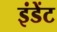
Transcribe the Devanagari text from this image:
इंडेंट